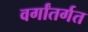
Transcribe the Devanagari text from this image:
वर्गांतर्गत